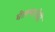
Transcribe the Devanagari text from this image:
घेतल्यानेही